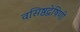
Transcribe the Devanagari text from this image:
वसिष्ठद्वेषिणी